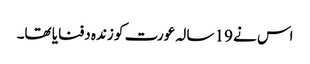
اس نے 19 سالہ عورت کو زندہ دفنایا تھا۔